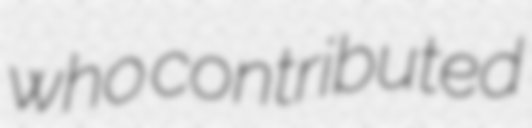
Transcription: who contributed